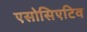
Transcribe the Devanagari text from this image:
एसोसिएटिव